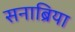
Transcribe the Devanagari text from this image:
सनाब्रिया